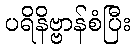
ပရိနိဗ္ဗာန်စံပြီး